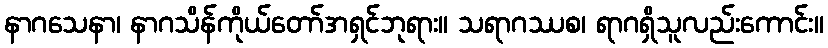
နာဂသေနာ၊ နာဂသိန်ကိုယ်တော်အရှင်ဘုရား။ သရာဂဿစ၊ ရာဂရှိသူလည်းကောင်း။